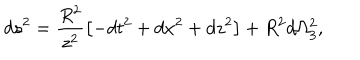
d s ^ { 2 } = \frac { R ^ { 2 } } { z ^ { 2 } } \left[ - d t ^ { 2 } + d x ^ { 2 } + d z ^ { 2 } \right] + R ^ { 2 } d \Omega _ { 3 } ^ { 2 } ,